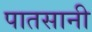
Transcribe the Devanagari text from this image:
पातसानी